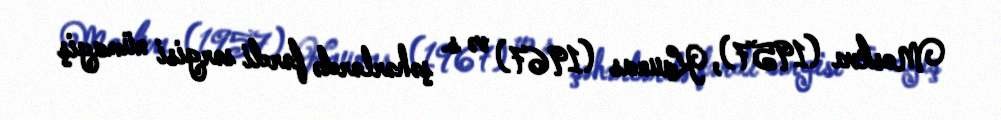
Moskva (1957), Kaunas (1967) və s. şəhərlərdə fərdi sərgisi nümayiş